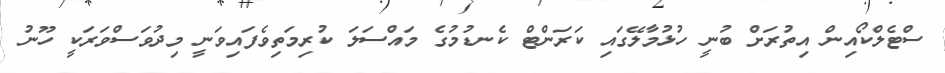
ސްޓެލްކޯއިން އިތުރަށް ބުނީ ހުޅުމާލޭގައި ކަރަންޓް ކެނޑުމުގެ މައްސަލަ ކުރިމަތިވެފައިވަނީ މިދުވަސްވަރަކީ ހޫނު